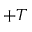
+ T